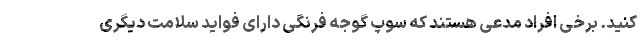
کنید. برخی افراد مدعی هستند که سوپ گوجه فرنگی دارای فواید سلامت دیگری